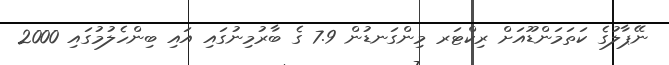
ނޭޕާލުގެ ކަތަމަންޑޫއަށް ރިކްޓަރ މިންގަނޑުން 7.9 ގެ ބާރުމިނުގައި އައި ބިންހެލުމުގައި 2000